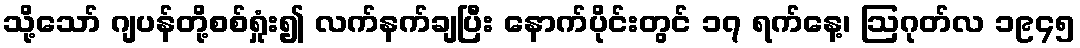
သို့သော် ဂျပန်တို့စစ်ရှုံး၍ လက်နက်ချပြီး နောက်ပိုင်းတွင် ၁၇ ရက်နေ့၊ ဩဂုတ်လ ၁၉၄၅